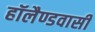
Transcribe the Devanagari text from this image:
हॉलैण्डवासी